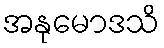
အနုမောဒသိ